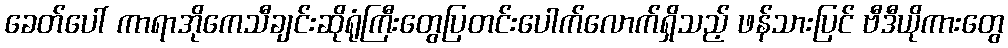
ခေတ်ပေါ် ကာရာအိုကေသီချင်းဆိုရုံကြီးတွေပြတင်းပေါက်လောက်ရှိသည့် ဖန်သားပြင် ဗီဒီယိုကားတွေ